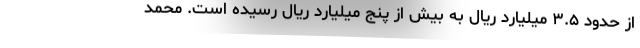
از حدود ۳.۵ میلیارد ریال به بیش از پنج میلیارد ریال رسیده است. محمد